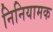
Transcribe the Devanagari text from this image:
निनियामक